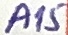
Text: A15